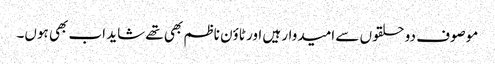
موصوف دو حلقوں سے امیدوار ہیں اور ٹاؤن ناظم بھی تھے شاید اب بھی ہوں۔